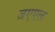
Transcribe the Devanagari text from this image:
जएएल